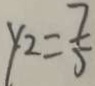
y _ { 2 } = \frac { 7 } { 5 }